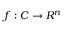
f : C \rightarrow R ^ { n }